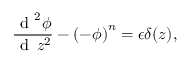
\frac { \mathrm { ~ d ~ } ^ { 2 } \phi } { \mathrm { ~ d ~ } \, z ^ { 2 } } - \left( - \phi \right) ^ { n } = \epsilon \delta ( z ) ,